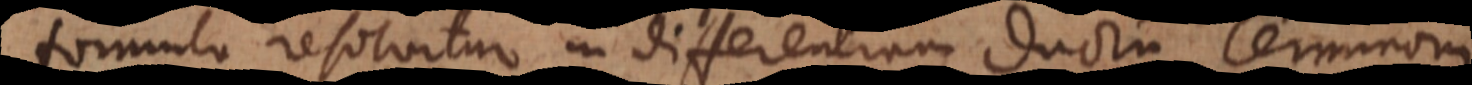
formula resolvitur in differentiam duorum terminorum